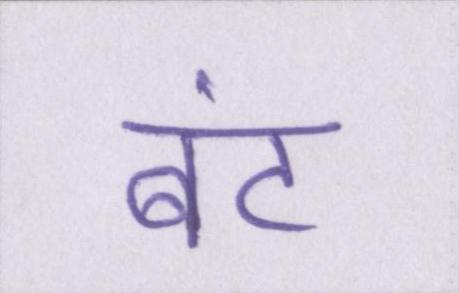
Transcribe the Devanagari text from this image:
बंट